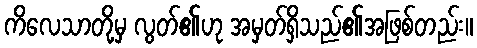
ကိလေသာတို့မှ လွတ်၏ဟု အမှတ်ရှိသည်၏အဖြစ်တည်း။